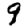
Digit: 9